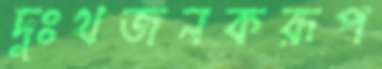
দুঃথজনকরূপ